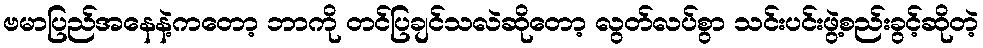
ဗမာပြည်အနေနဲ့ကတော့ ဘာကို တင်ပြချင်သလဲဆိုတော့ လွတ်လပ်စွာ သင်းပင်းဖွဲ့စည်းခွင့်ဆိုတဲ့